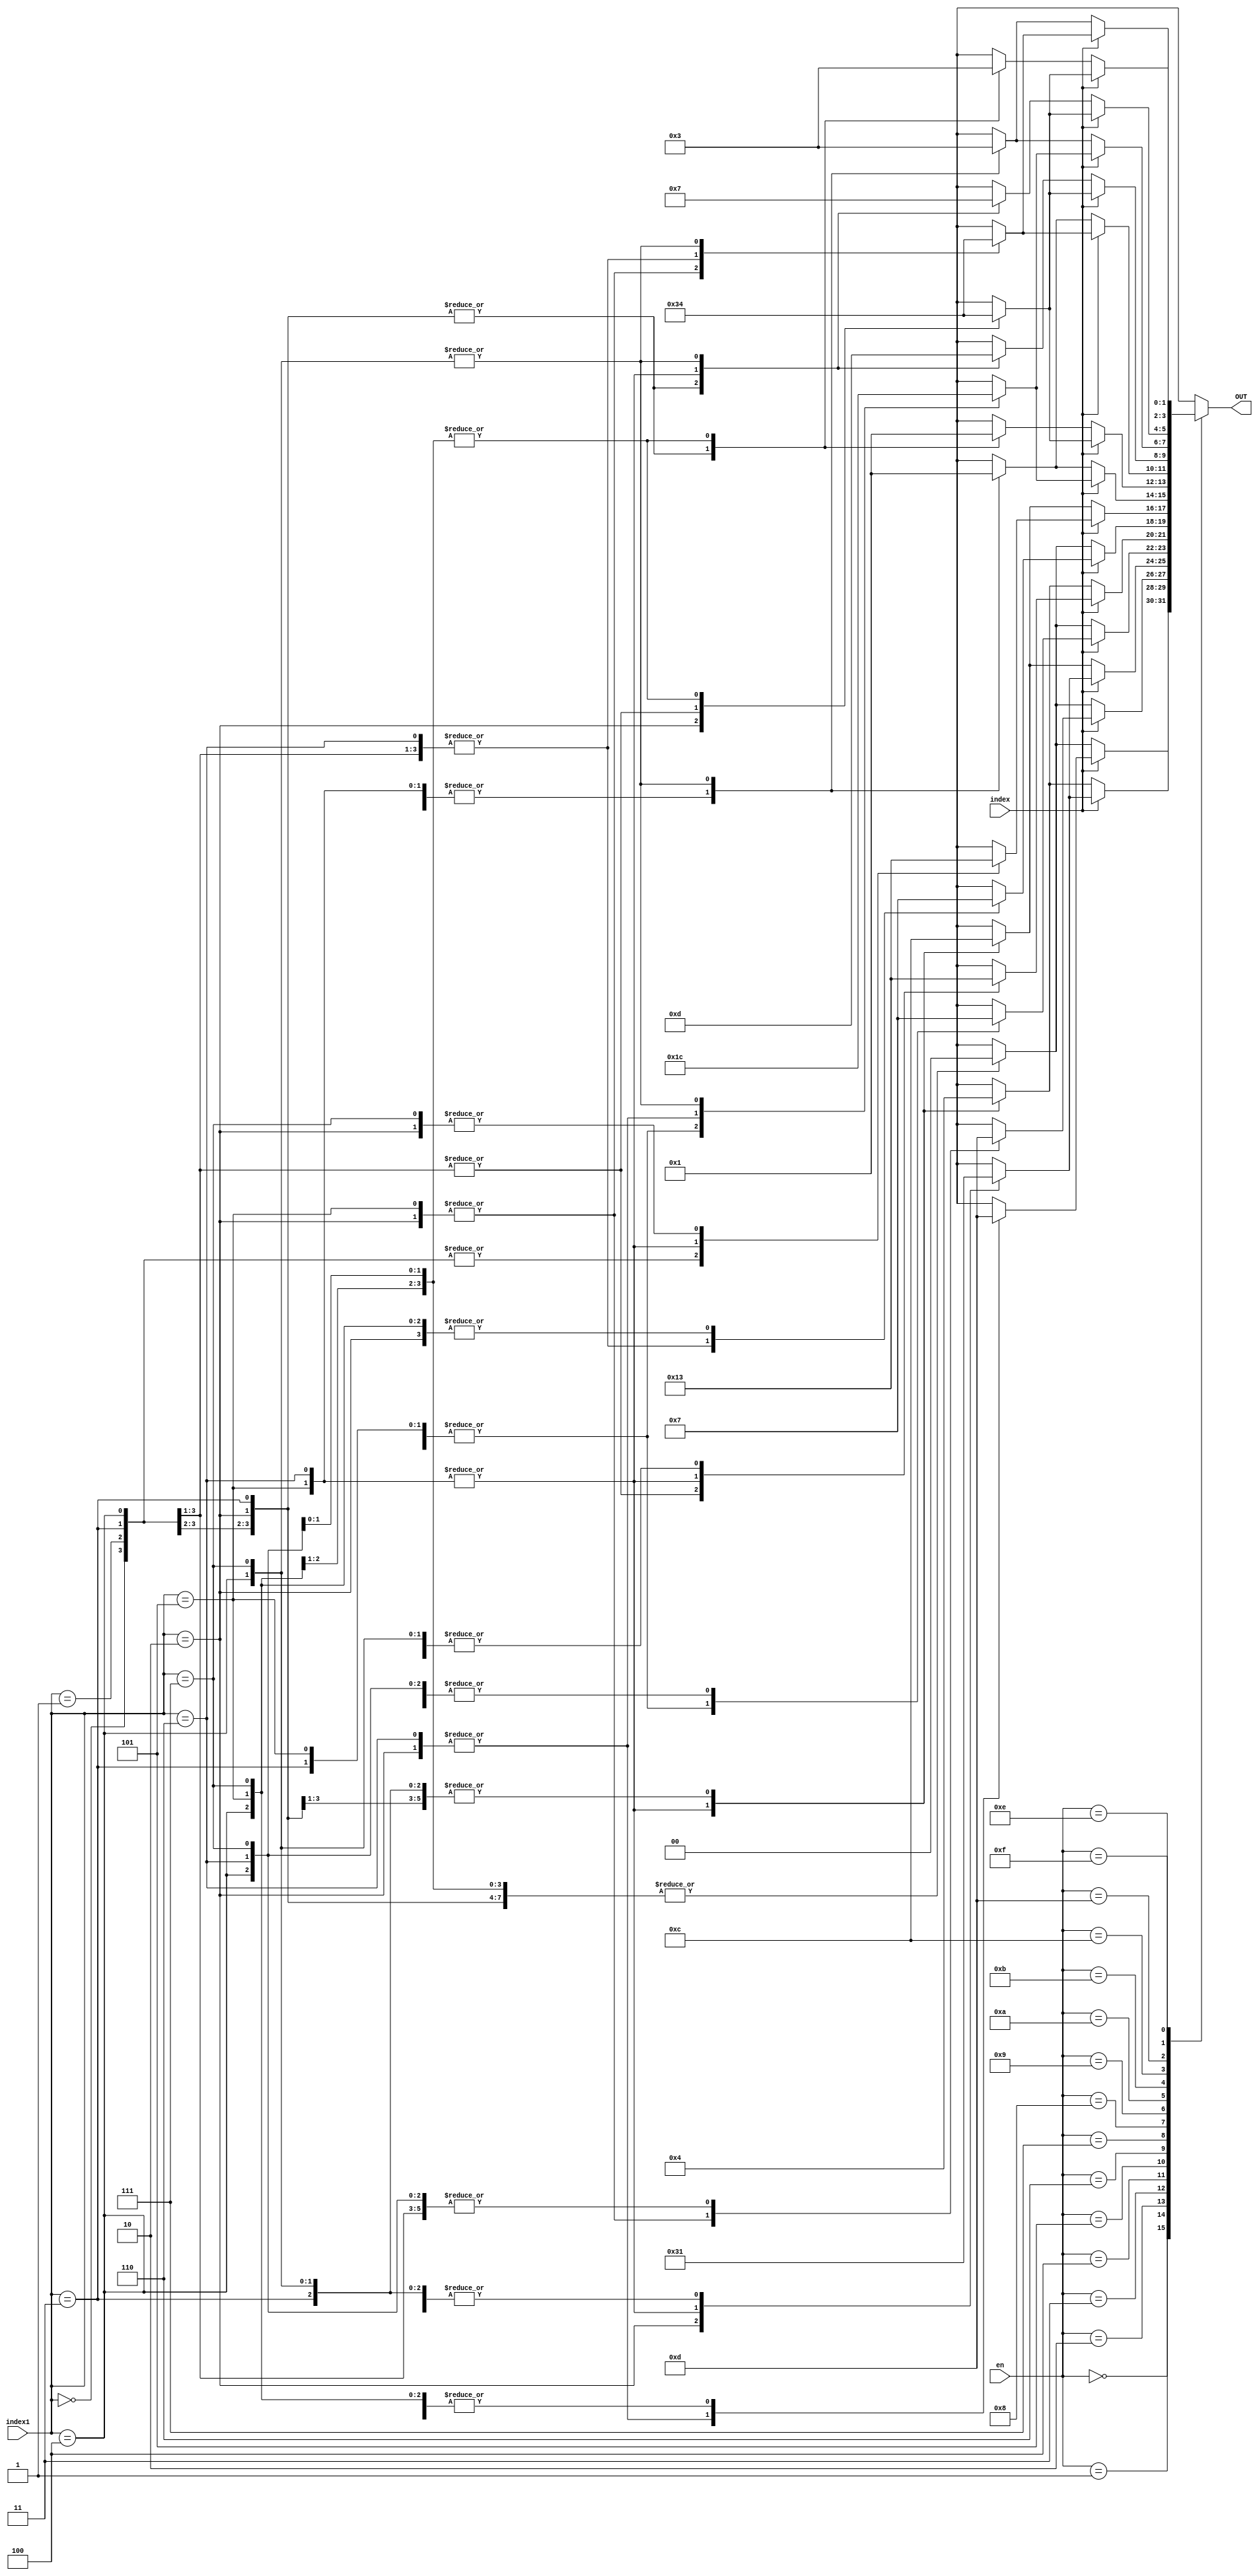
module Design(
	input [15:0] en,
	input index,
	input [2:0] index1,
	output reg [1:0] OUT
);
reg [7:0] vt;
reg [7:0] A_1t;
reg [7:0] A_2t;
reg [7:0] B_1t;
reg [7:0] B_2t;
reg [7:0] B_vt;
reg [63:0] B_st;
reg [31:0] S_1t;
reg [31:0] S_2t;
reg [31:0] S_3t;
reg [31:0] S_4t;
reg [31:0] S_5t;
reg [31:0] S_6t;
reg [31:0] S_7t;
reg [31:0] S_8t;
reg [31:0] S_9t;
reg [31:0] S_10t;
reg [31:0] S_11t;
reg [31:0] S_12t;
reg [31:0] S_13t;
reg [31:0] S_14t;
reg [31:0] S_15t;
reg [31:0] S_16t;
reg [1:0] S_real[3:0][1:0];
reg [1:0] S_im[3:0][1:0];
initial begin

	vt = 8'h77;
	A_1t = 8'h41;
	A_2t = 8'h1C;
	B_1t = 8'h43;
	B_2t = 8'h14;
	B_vt = 8'h1E;
	B_st = 64'h123456789ABCDEF;
	S_1t = 32'h44C444C4;
	S_2t = 32'h44C44114;
	S_3t = 32'h44C44C44;
	S_4t = 32'h44C44334;
	S_5t = 32'h44C4C4CC;
	S_6t = 32'h44C4C11C;
	S_7t = 32'h44C4CC4C;
	S_8t = 32'h44C4433C;
	S_9t = 32'h44C414C1;
	S_10t= 32'h44C41111;
	S_11t= 32'h44C41C41;
	S_12t= 32'h44C41331;
	S_13t= 32'h44C434C3;
	S_14t= 32'h44C43113;
	S_15t= 32'h44C43C43;
	S_16t= 32'h44C43333;
end
		
function [1:0] out_s;
	input en1;
	input [2:0] en2;
	input [31:0] S;
	begin
	{S_real[0][0],S_im[0][0],S_real[0][1],S_im[0][1],S_real[1][0],S_im[1][0],S_real[1][1],S_im[1][1],S_real[2][0],S_im[2][0],S_real[2][1],S_im[2][1],S_real[3][0],S_im[3][0],S_real[3][1],S_im[3][1]} = S;
	if(en1) begin
		case(en2)
			3'd0 : out_s = S_real[0][0];
			3'd1 : out_s = S_real[0][1];
			3'd2 : out_s = S_real[1][0];
			3'd3 : out_s = S_real[1][1];
			3'd4 : out_s = S_real[2][0];
			3'd5 : out_s = S_real[2][1];
			3'd6 : out_s = S_real[3][0];
			3'd7 : out_s = S_real[3][1];
			default : out_s = 2'bx;
		endcase
	end
	else begin
		case(en2)
			3'd0 : out_s =  S_im[0][0];
			3'd1 : out_s =  S_im[0][1];
			3'd2 : out_s =  S_im[1][0];
			3'd3 : out_s =  S_im[1][1];
			3'd4 : out_s =  S_im[2][0];
			3'd5 : out_s =  S_im[2][1];
			3'd6 : out_s =  S_im[3][0];
			3'd7 : out_s =  S_im[3][1];
			default : out_s = 2'bx;
		endcase
	end
	end
endfunction

always@* begin
	case(en)
		0 : OUT = out_s(index,index1,S_1t);
		1 : OUT = out_s(index,index1,S_2t);
		2 : OUT = out_s(index,index1,S_3t);
		3 : OUT = out_s(index,index1,S_4t);
		4 : OUT = out_s(index,index1,S_5t);
		5 : OUT = out_s(index,index1,S_6t);
		6 : OUT = out_s(index,index1,S_7t);
		7 : OUT = out_s(index,index1,S_8t);
		8 : OUT = out_s(index,index1,S_9t);
		9 : OUT = out_s(index,index1,S_10t);
		10 : OUT = out_s(index,index1,S_11t);
		11: OUT = out_s(index,index1,S_12t);
		12 : OUT = out_s(index,index1,S_13t);
		13 : OUT = out_s(index,index1,S_14t);
		14 : OUT = out_s(index,index1,S_15t);
		15 : OUT = out_s(index,index1,S_16t);
		default : OUT = 2'dx;
		
	endcase
end
endmodule